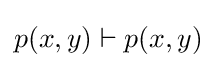
p(x,y)\vdash p(x,y)